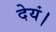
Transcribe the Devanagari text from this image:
देयं।